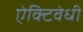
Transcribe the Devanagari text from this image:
ऐक्टिवेधी